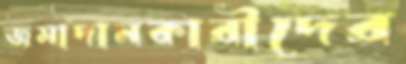
জমাদানকারীদের